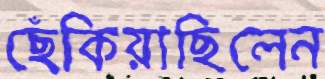
ছেঁকিয়াছিলেন